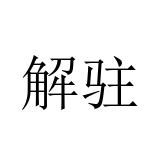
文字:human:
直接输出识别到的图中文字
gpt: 解驻